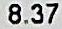
8.37